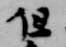
但